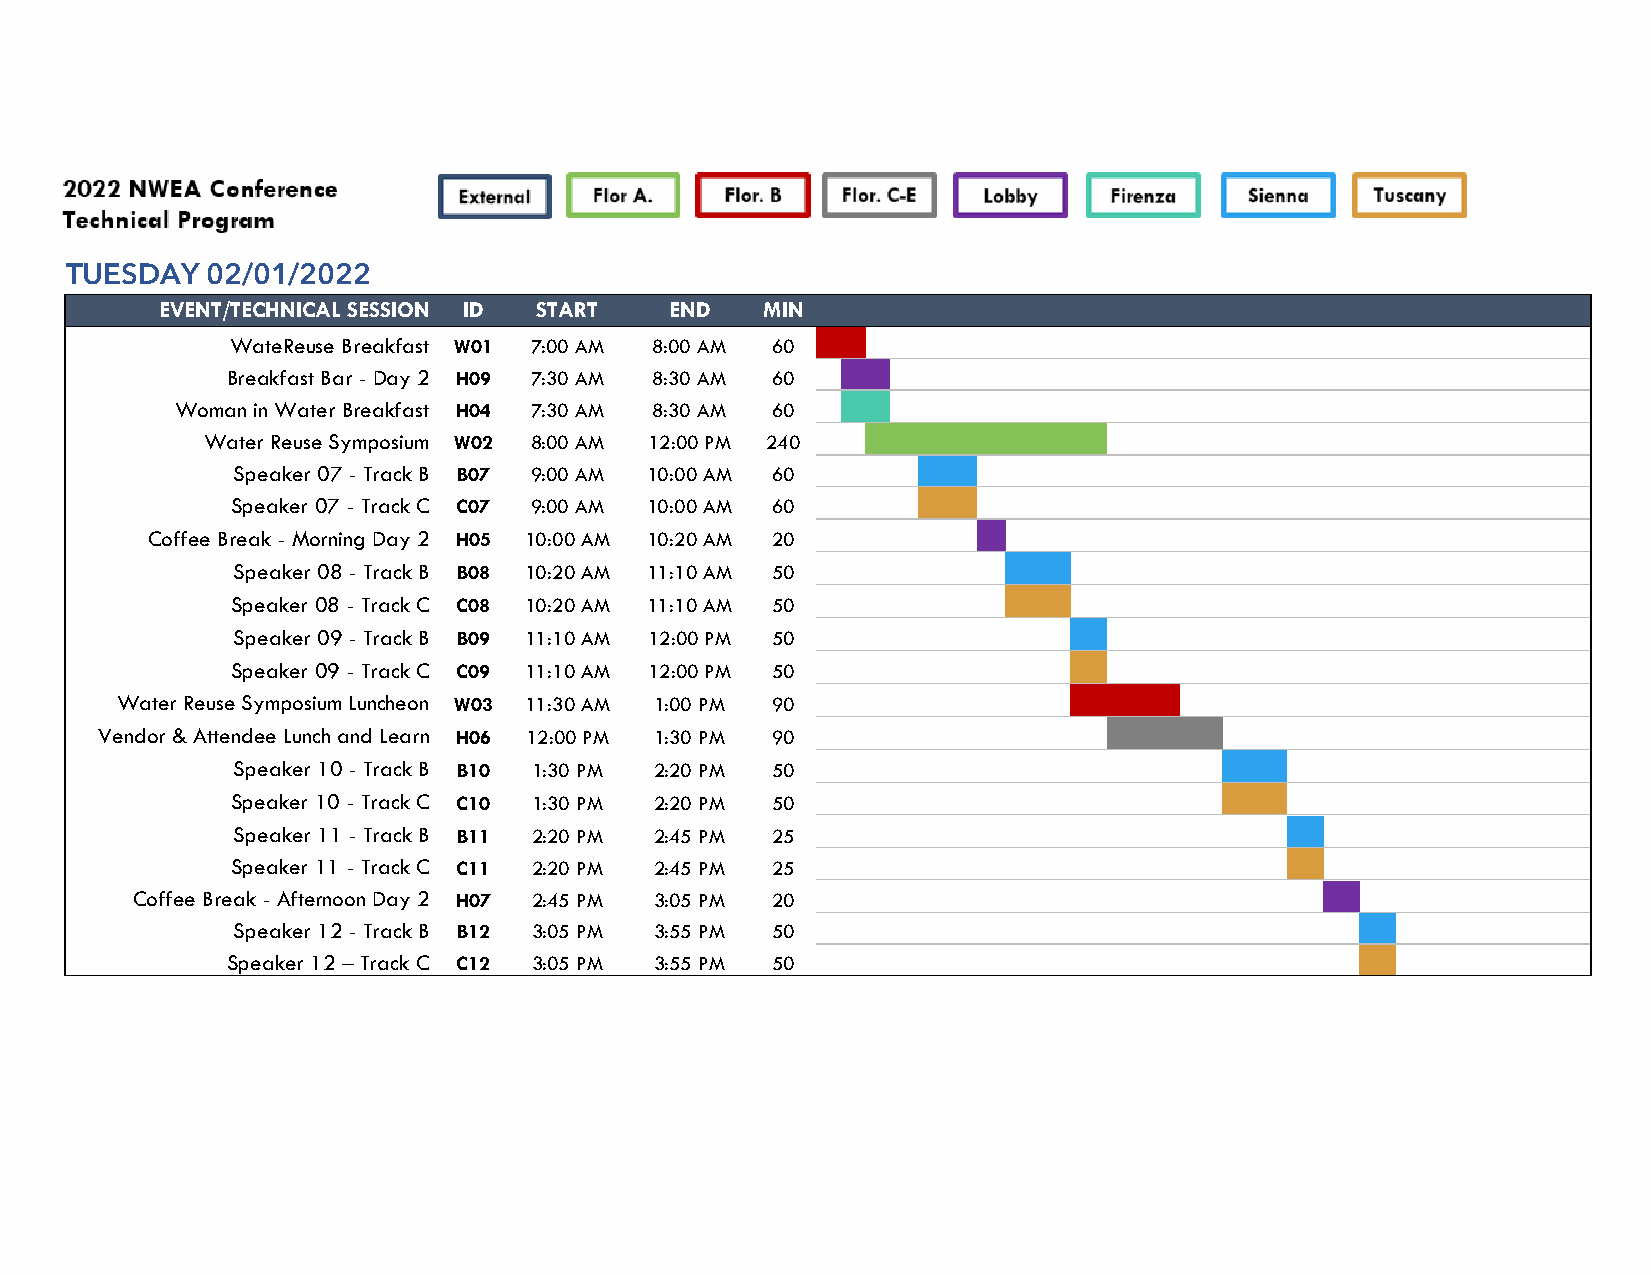
TUESDAY   02/01/2022
 EVENT/TECHNICAL SESSION ID START END    MIN
 WateReuse Breakfast W01 7:00 AM 8:00 AM 60 1 1
 Breakfast Bar - Day 2 H09 7:30 AM 8:30 AM 60 1 1
 Woman in Water Breakfast H04 7:30 AM 8:30 AM 60 1 1
 Water Reuse Symposium W02 8:00 AM 12:00 PM 240 1 1 1 1 1 1 1 1
 Speaker 07 - Track B B07 9:00 AM 10:00 AM 60   1 1
 Speaker 07 - Track C C07 9:00 AM 10:00 AM 60   1 1
 Coffee Break - Morning Day 2 H05 10:00 AM 10:20 AM 20  1
 Speaker 08 - Track B B08 10:20 AM 11:10 AM 50       1 1
 Speaker 08 - Track C C08 10:20 AM 11:10 AM 50       1 1
 Speaker 09 - Track B B09 11:10 AM 12:00 PM 50            1
 Speaker 09 - Track C C09 11:10 AM 12:00 PM 50            1
 Water Reuse Symposium Luncheon W03 11:30 AM 1:00 PM 90          1 1 1
 Vendor & Attendee Lunch and Learn H06 12:00 PM 1:30 PM 90          1 1  1
 Speaker 10 - Track B B10 1:30 PM 2:20 PM 50                        1 1
 Speaker 10 - Track C C10 1:30 PM 2:20 PM 50                        1 1
 Speaker 11 - Track B B11 2:20 PM 2:45 PM 25                            1
 Speaker 11 - Track C C11 2:20 PM 2:45 PM 25                            1
 Coffee Break - Afternoon Day 2 H07 2:45 PM 3:05 PM 20                          1
 Speaker 12 - Track B B12 3:05 PM 3:55 PM 50                                 1
 Speaker 12 – Track C C12 3:05 PM 3:55 PM 50                                 1